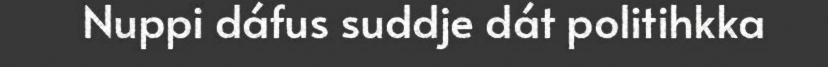
Nuppi dáfus suddje dát politihkka